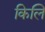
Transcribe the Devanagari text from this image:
किलि